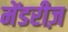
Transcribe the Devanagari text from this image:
मेंडरीज़